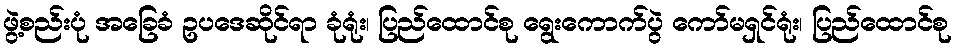
ဖွဲ့စည်းပုံ အခြေခံ ဥပဒေဆိုင်ရာ ခုံရုံး၊ ပြည်ထောင်စု ရွေးကောက်ပွဲ ကော်မရှင်ရုံး၊ ပြည်ထောင်စု